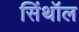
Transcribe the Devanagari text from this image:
सिंथॉल